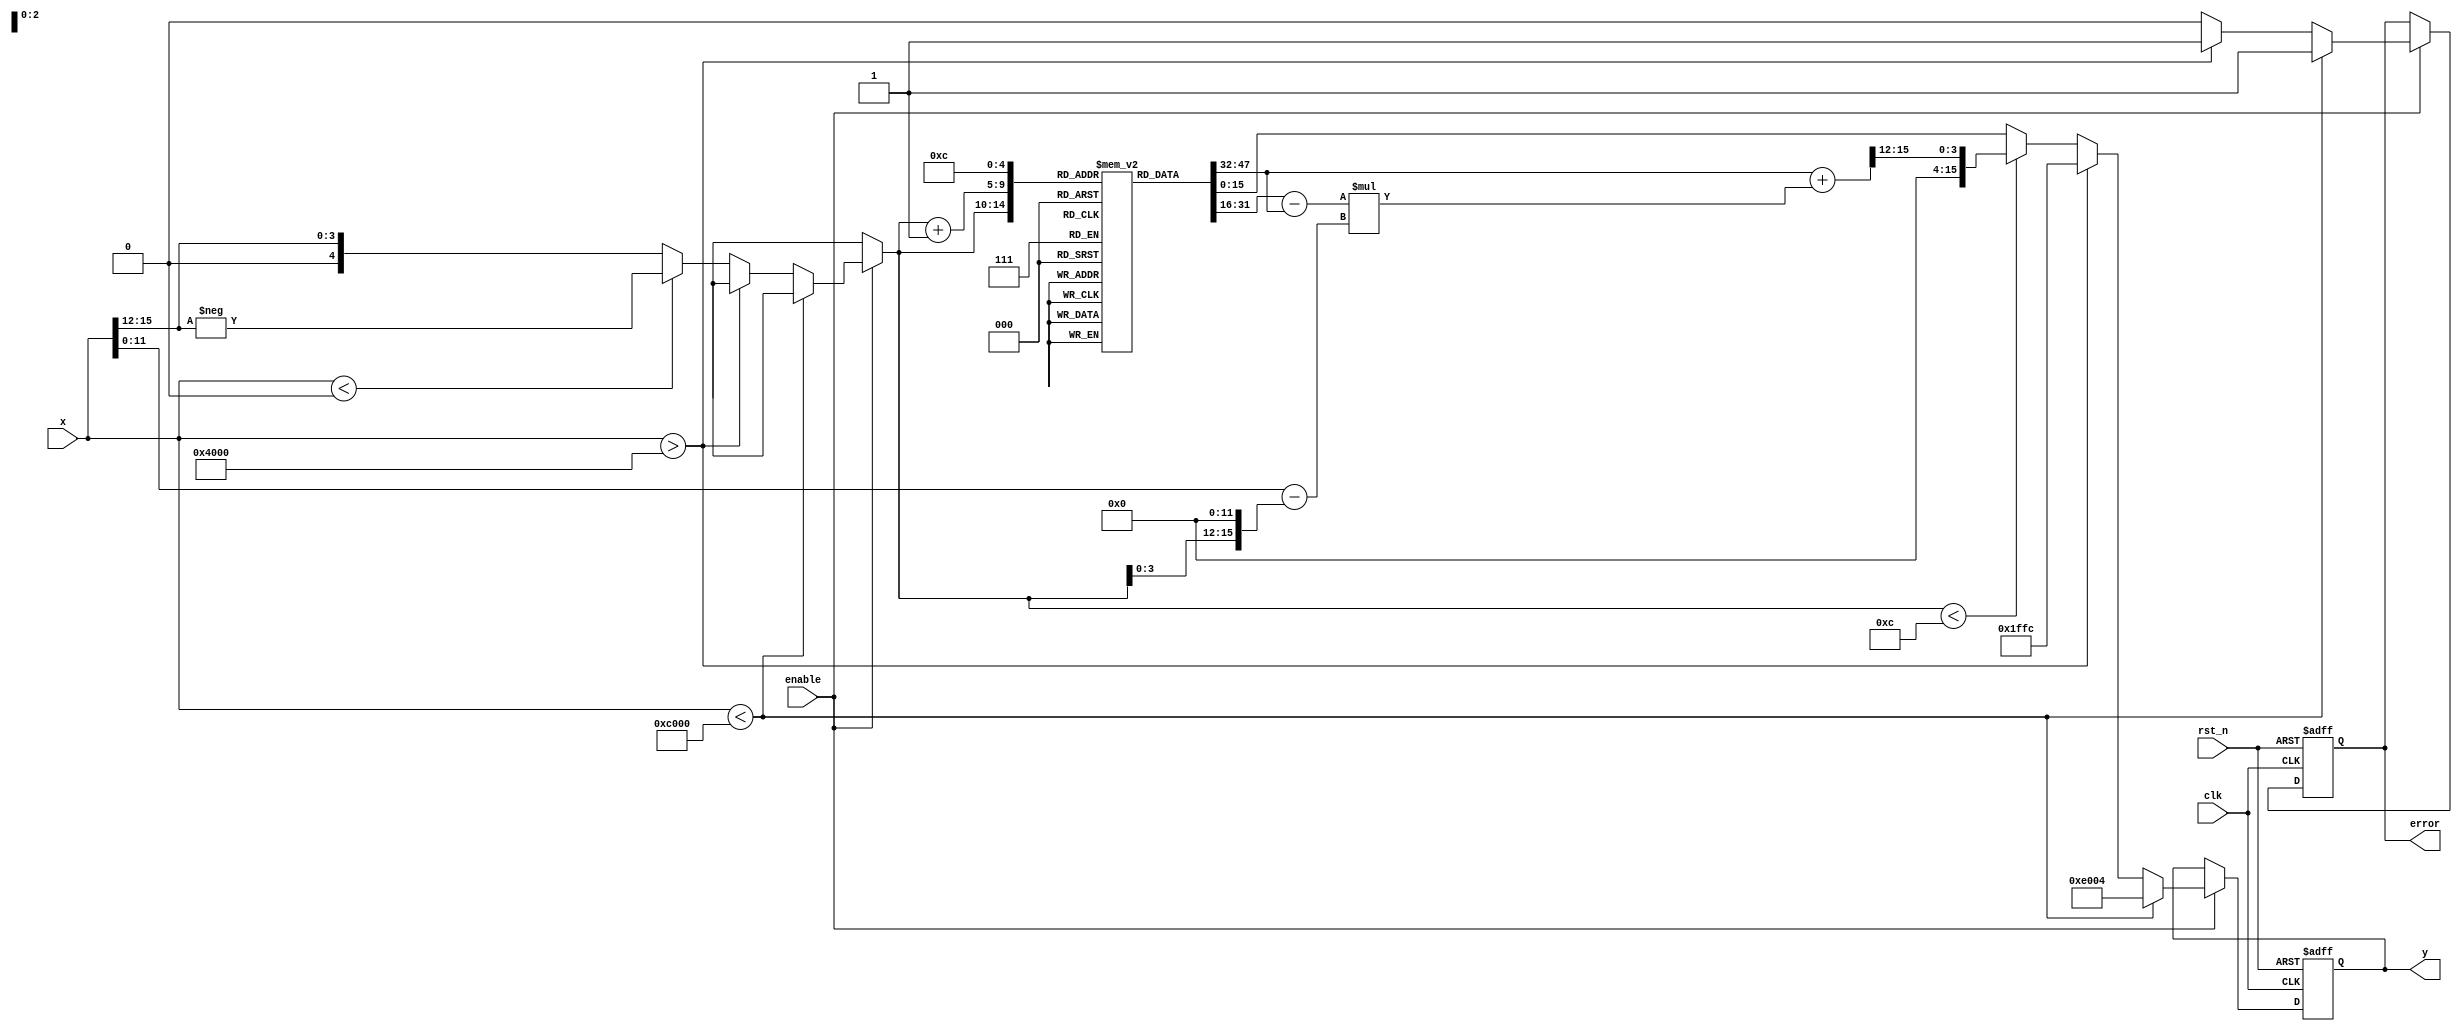
module asin_block(
    input wire clk,
    input wire rst_n,
    input wire enable,
    input wire signed [15:0] x,  // Input value in fixed-point representation
    output reg signed [15:0] y,   // Output value in fixed-point representation
    output reg error              // Error signal for out-of-range input
);

    // Constants
    parameter PI_OVER_2 = 16'h1FFC; // /2 in fixed-point (assuming 16 bits)
    parameter NEG_PI_OVER_2 = 16'hE004; // -/2 in fixed-point (assuming 16 bits)
    
    // Lookup table for asin values (fixed-point representation)
    reg signed [15:0] lut [0:16]; // 17 entries for [-1, 1]
    initial begin
        lut[0] = NEG_PI_OVER_2; // asin(-1)
        lut[1] = -16'h1C71;      // asin(-0.9)
        lut[2] = -16'h1A78;      // asin(-0.8)
        lut[3] = -16'h1780;      // asin(-0.7)
        lut[4] = -16'h153A;      // asin(-0.6)
        lut[5] = -16'h12D9;      // asin(-0.5)
        lut[6] = 0;              // asin(0)
        lut[7] = 16'h12D9;       // asin(0.5)
        lut[8] = 16'h153A;       // asin(0.6)
        lut[9] = 16'h1780;       // asin(0.7)
        lut[10] = 16'h1A78;      // asin(0.8)
        lut[11] = 16'h1C71;      // asin(0.9)
        lut[12] = PI_OVER_2;     // asin(1)
        // Additional values can be added for finer granularity
    end

    // Internal signals
    reg signed [15:0] y_temp;
    reg [4:0] index; // Index for LUT
    
    // State machine for processing
    always @(posedge clk or negedge rst_n) begin
        if (!rst_n) begin
            y <= 0;
            error <= 0;
        end else if (enable) begin
            // Check input range
            if (x < -16'h4000) begin // x < -1
                y <= NEG_PI_OVER_2;
                error <= 1;
            end else if (x > 16'h4000) begin // x > 1
                y <= PI_OVER_2;
                error <= 1;
            end else begin
                error <= 0;
                // Find the index in the LUT
                if (x < 0) begin
                    index = -x[15:12]; // Convert to positive index
                end else begin
                    index = x[15:12]; // Direct index for positive values
                end
                
                // Interpolate if necessary
                if (index < 12) begin // Ensure within LUT bounds
                    y_temp = lut[index] + ((lut[index + 1] - lut[index]) * (x[11:0] - (index << 12))) >> 12;
                end else begin
                    y_temp = lut[12]; // For x = 1
                end
                
                y <= y_temp;
            end
        end
    end

endmodule